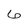
Character: 6